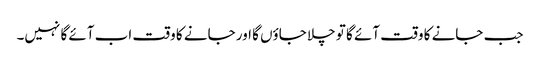
جب جانے کا وقت آئے گا تو چلا جاؤں گا اور جانے کا وقت اب آئے گا نہیں۔